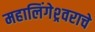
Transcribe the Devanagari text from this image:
महालिंगेश्र्वराचे